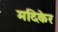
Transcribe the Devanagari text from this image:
मदिकेर